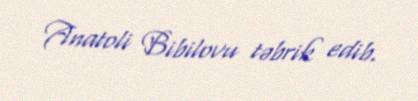
Anatoli Bibilovu təbrik edib.